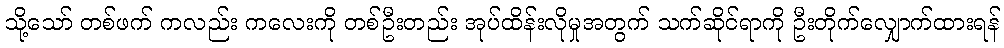
သို့သော် တစ်ဖက် ကလည်း ကလေးကို တစ်ဦးတည်း အုပ်ထိန်းလိုမှုအတွက် သက်ဆိုင်ရာကို ဦးတိုက်လျှောက်ထားရန်